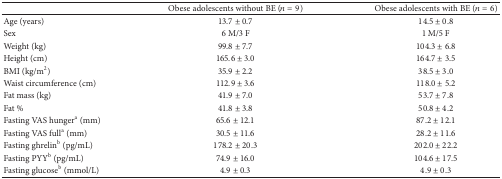
<table><thead><tr><td><b> </b></td><td><b>Obese adolescents without BE (<i>n</i> = 9)</b></td><td><b>Obese adolescents with BE (<i>n</i> = 6)</b></td></tr></thead><tbody><tr><td>Age (years)</td><td>13.7 ± 0.7</td><td>14.5 ± 0.8</td></tr><tr><td>Sex</td><td>6 M/3 F</td><td>1 M/5 F</td></tr><tr><td>Weight (kg)</td><td>99.8 ± 7.7</td><td>104.3 ± 6.8</td></tr><tr><td>Height (cm)</td><td>165.6 ± 3.0</td><td>164.7 ± 3.5</td></tr><tr><td>BMI (kg/m<sup>2</sup>)</td><td>35.9 ± 2.2</td><td>38.5 ± 3.0</td></tr><tr><td>Waist circumference (cm)</td><td>112.9 ± 3.6</td><td>118.0 ± 5.2</td></tr><tr><td>Fat mass (kg)</td><td>41.9 ± 7.0</td><td>53.7 ± 7.8</td></tr><tr><td>Fat %</td><td>41.8 ± 3.8</td><td>50.8 ± 4.2</td></tr><tr><td>Fasting VAS hunger<sup>a</sup> (mm)</td><td>65.6 ± 12.1</td><td>87.2 ± 12.1</td></tr><tr><td>Fasting VAS full<sup>a</sup> (mm)</td><td>30.5 ± 11.6</td><td>28.2 ± 11.6</td></tr><tr><td>Fasting ghrelin<sup>b</sup> (pg/mL)</td><td>178.2 ± 20.3</td><td>202.0 ± 22.2</td></tr><tr><td>Fasting PYY<sup>b</sup> (pg/mL)</td><td>74.9 ± 16.0</td><td>104.6 ± 17.5</td></tr><tr><td>Fasting glucose<sup>b</sup> (mmol/L)</td><td>4.9 ± 0.3</td><td>4.9 ± 0.3</td></tr></tbody></table>